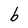
Character: b